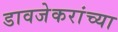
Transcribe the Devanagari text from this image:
डावजेकरांच्या